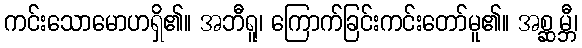
ကင်းသောမောဟရှိ၏။ အဘီရူ၊ ကြောက်ခြင်းကင်းတော်မူ၏။ အစ္ဆမ္ဘီ၊